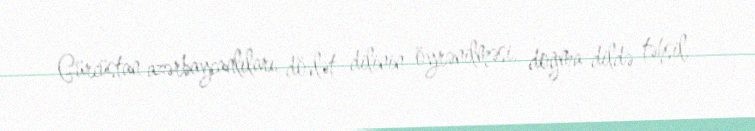
Gürcüstan azərbaycanlıları dövlət dilinin öyrənilməsi, doğma dildə təhsil,